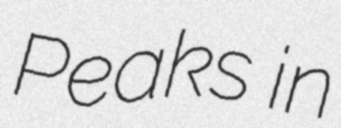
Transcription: Peaks in